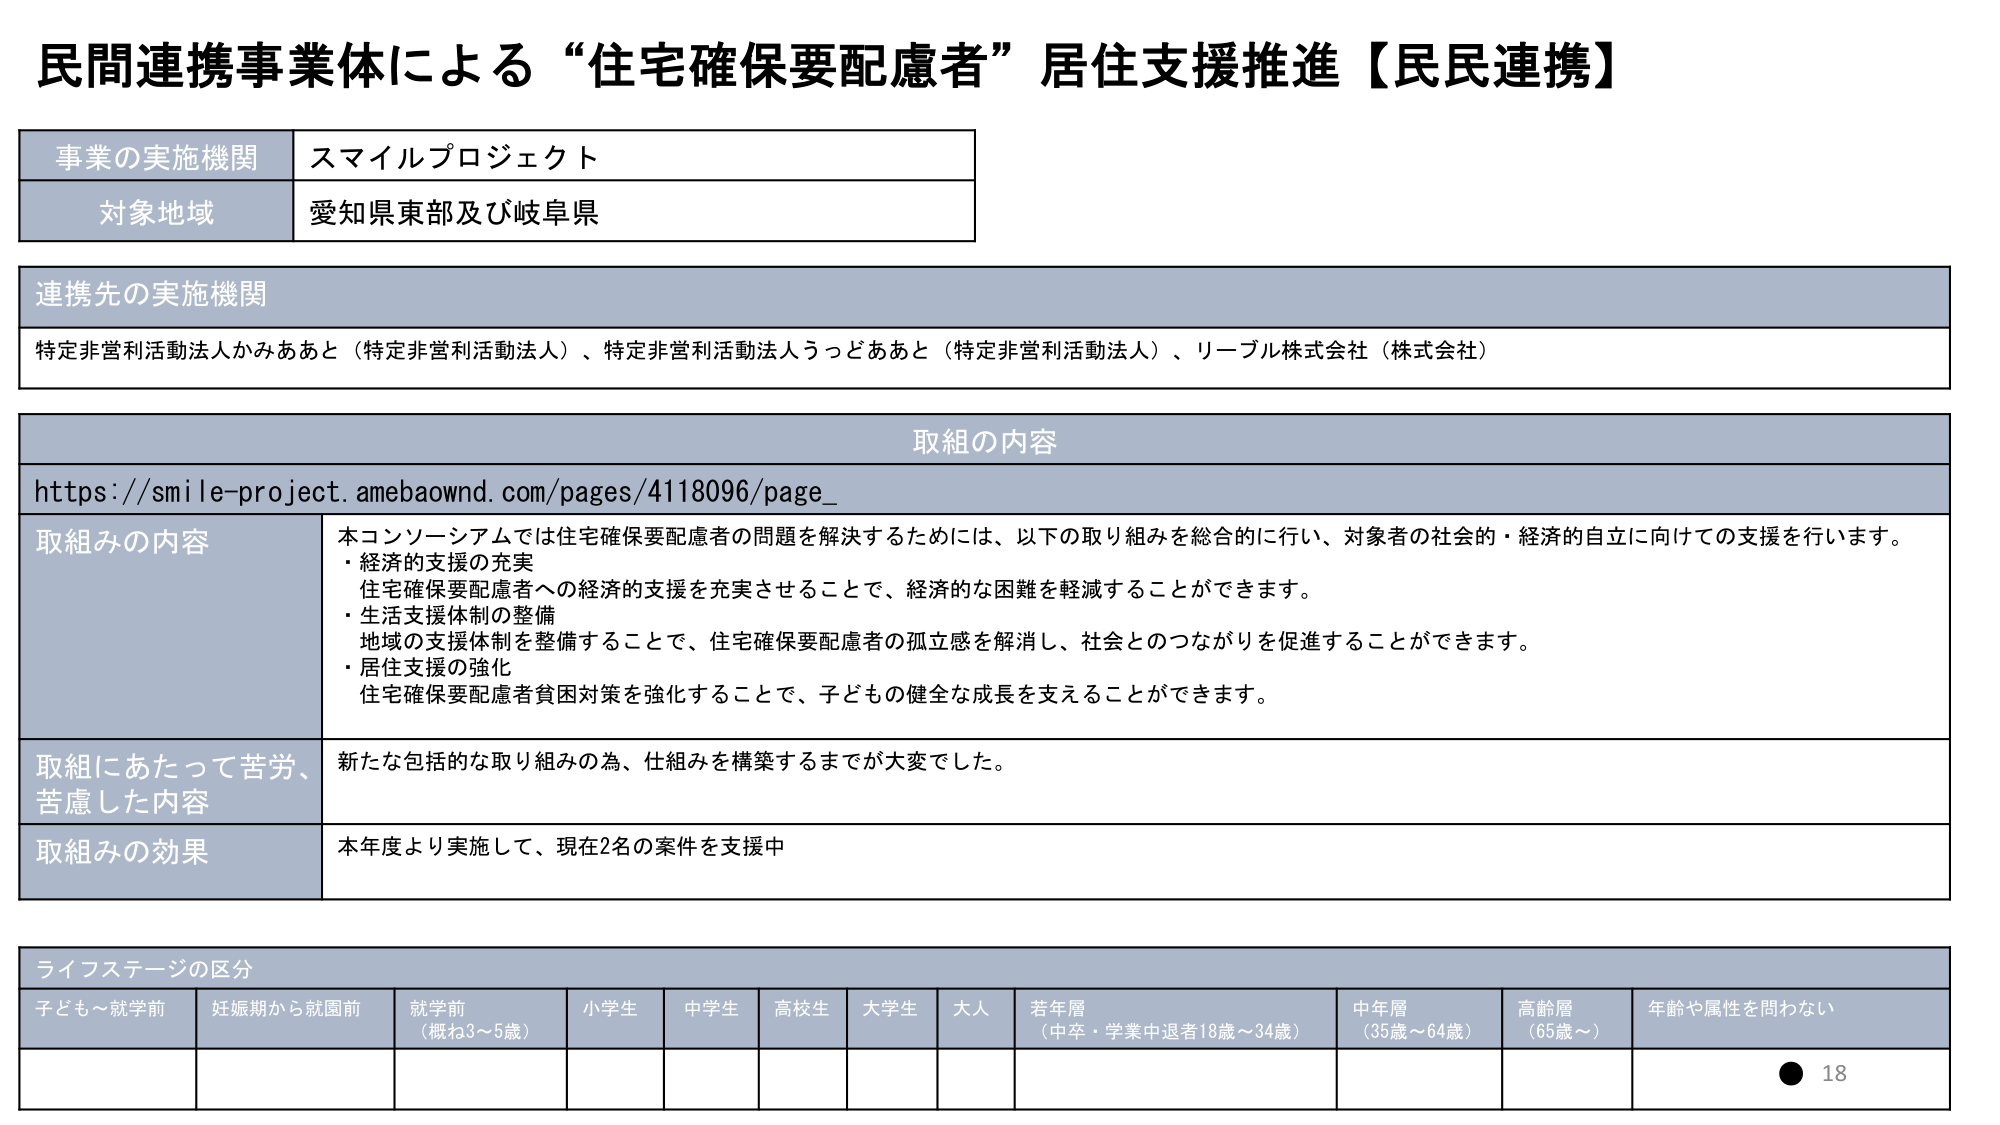
民間連携事業体による“住宅確保要配慮者”居住支援推進【民民連携】

事業の実施機関 スマイルプロジェクト
対象地域 愛知県東部及び岐阜県

連携先の実施機関
特定非営利活動法人かみああと（特定非営利活動法人）、特定非営利活動法人うっどああと（特定非営利活動法人）、リーブル株式会社（株式会社）

取組の内容
https://smile-project.amebaownd.com/pages/4118096/page_

取組みの内容
本コンソーシアムでは住宅確保要配慮者の問題を解決するためには、以下の取り組みを総合的に行い、対象者の社会的・経済的自立に向けての支援を行います。
・経済的支援の充実
住宅確保要配慮者への経済的支援を充実させることで、経済的な困難を軽減することができます。
・生活支援体制の整備
地域の支援体制を整備することで、住宅確保要配慮者の孤立感を解消し、社会とのつながりを促進することができます。
・居住支援の強化
住宅確保要配慮者貧困対策を強化することで、子どもの健全な成長を支えることができます。

取組にあたって苦労、苦慮した内容
新たな包括的な取り組みの為、仕組みを構築するまでが大変でした。

取組みの効果
本年度より実施して、現在2名の案件を支援中

ライフステージの区分
子ども～就学前 妊娠期から就園前 就学前（概ね3～5歳） 小学生 中学生 高校生 大学生 大人 若年層（中卒・学業中退者18歳～34歳） 中年層（35歳～64歳） 高齢層（65歳～） 年齢や属性を問わない

● 18